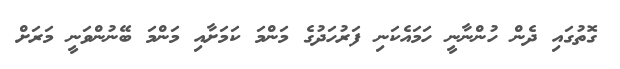
ގޮތުގައި ދެން ހުންނާނީ ހަމައެކަނި ފަރުހަދުގެ މަންމަ ކަމަށާއި މަންމަ ބޭނުންވަނީ މަރަށް